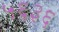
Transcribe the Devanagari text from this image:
५६३६